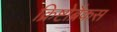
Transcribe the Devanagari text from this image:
क्रिष्टोब्रैकस